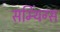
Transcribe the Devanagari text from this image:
सम्थिंग्स